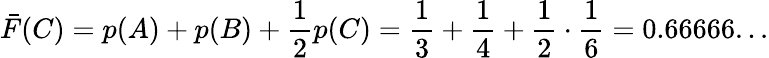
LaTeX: {\bar{F}}(C)=p(A)+p(B)+{\frac{1}{2}}p(C)={\frac{1}{3}}+{\frac{1}{4}}+{\frac{1}{2}}\cdot{\frac{1}{6}}=0.66666...